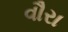
વૌરા